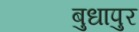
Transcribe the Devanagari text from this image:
बुधापुर